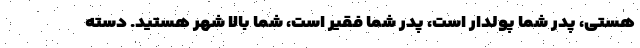
هستی، پدر شما پولدار است، پدر شما فقیر است، شما بالا شهر هستید. دسته